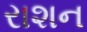
રાશન